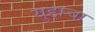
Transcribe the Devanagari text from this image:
युद्दाचा